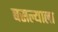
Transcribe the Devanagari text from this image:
बसल्याला